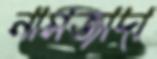
নামজাদা